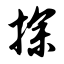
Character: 探